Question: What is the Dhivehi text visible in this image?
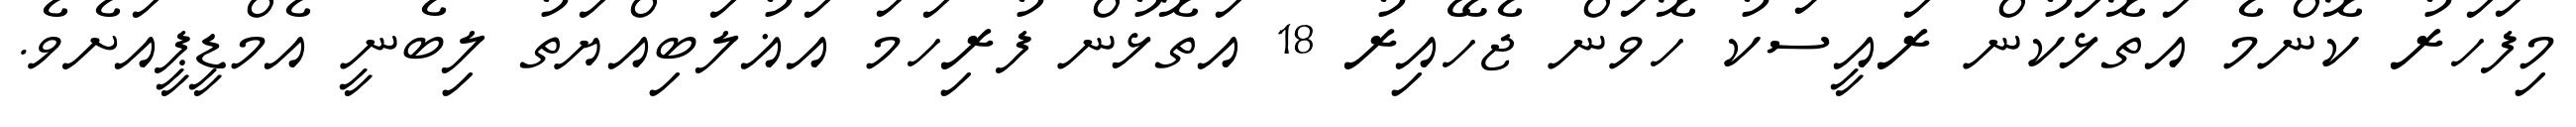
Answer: މިފަހަރު ކޮންމެ އަތޮޅަކުން ރައީސަކު ހޮވަން ޖެހޭއިރު 18 އަތޮޅުން ފުރިހަމަ އަޣުލަބިއްޔަތު ލިބެނީ އެމްޑީޕީއަށެވެ.